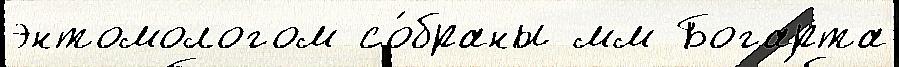
энтомологом со́браны мм Богарта